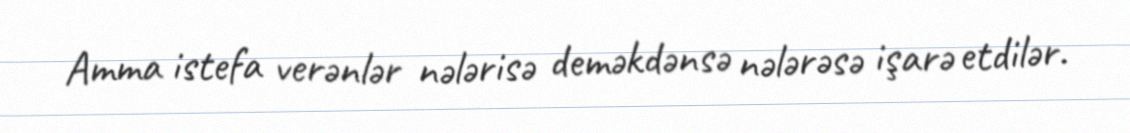
Amma istefa verənlər nələrisə deməkdənsə nələrəsə işarə etdilər.